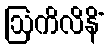
ဩကိလိနိံ